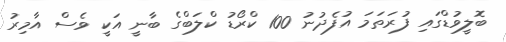
ބޮލީވުޑްގައި ފުރަތަމަ އުފެދުނު 100 ކްރޯޑު ކްލަބްގެ ބާނީ އަކީ ވެސް އާމިރު